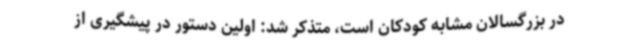
در بزرگسالان مشابه کودکان است، متذکر شد: اولین دستور در پیشگیری از